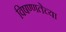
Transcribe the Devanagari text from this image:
विषण्णतेच्या